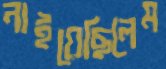
নাইয়েছিলেম